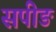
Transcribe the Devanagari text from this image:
सपीङ